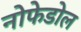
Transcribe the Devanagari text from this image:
नोफेडोल